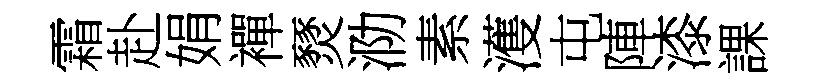
霜赴娟襌燹泐素濩屯陣漆課